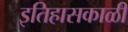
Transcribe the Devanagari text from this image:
इतिहासकाळी